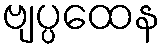
ဗျပ္ပထေန